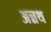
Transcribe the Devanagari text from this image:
अन्नथ